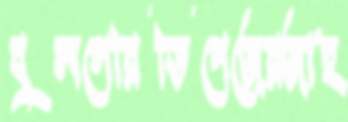
বুলগেরিডিপেজেরজাহ